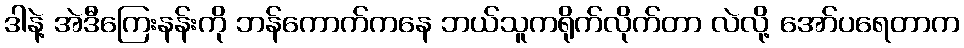
ဒါနဲ့ အဲဒီကြေးနန်းကို ဘန်ကောက်ကနေ ဘယ်သူကရိုက်လိုက်တာ လဲလို့ အော်ပရေတာက